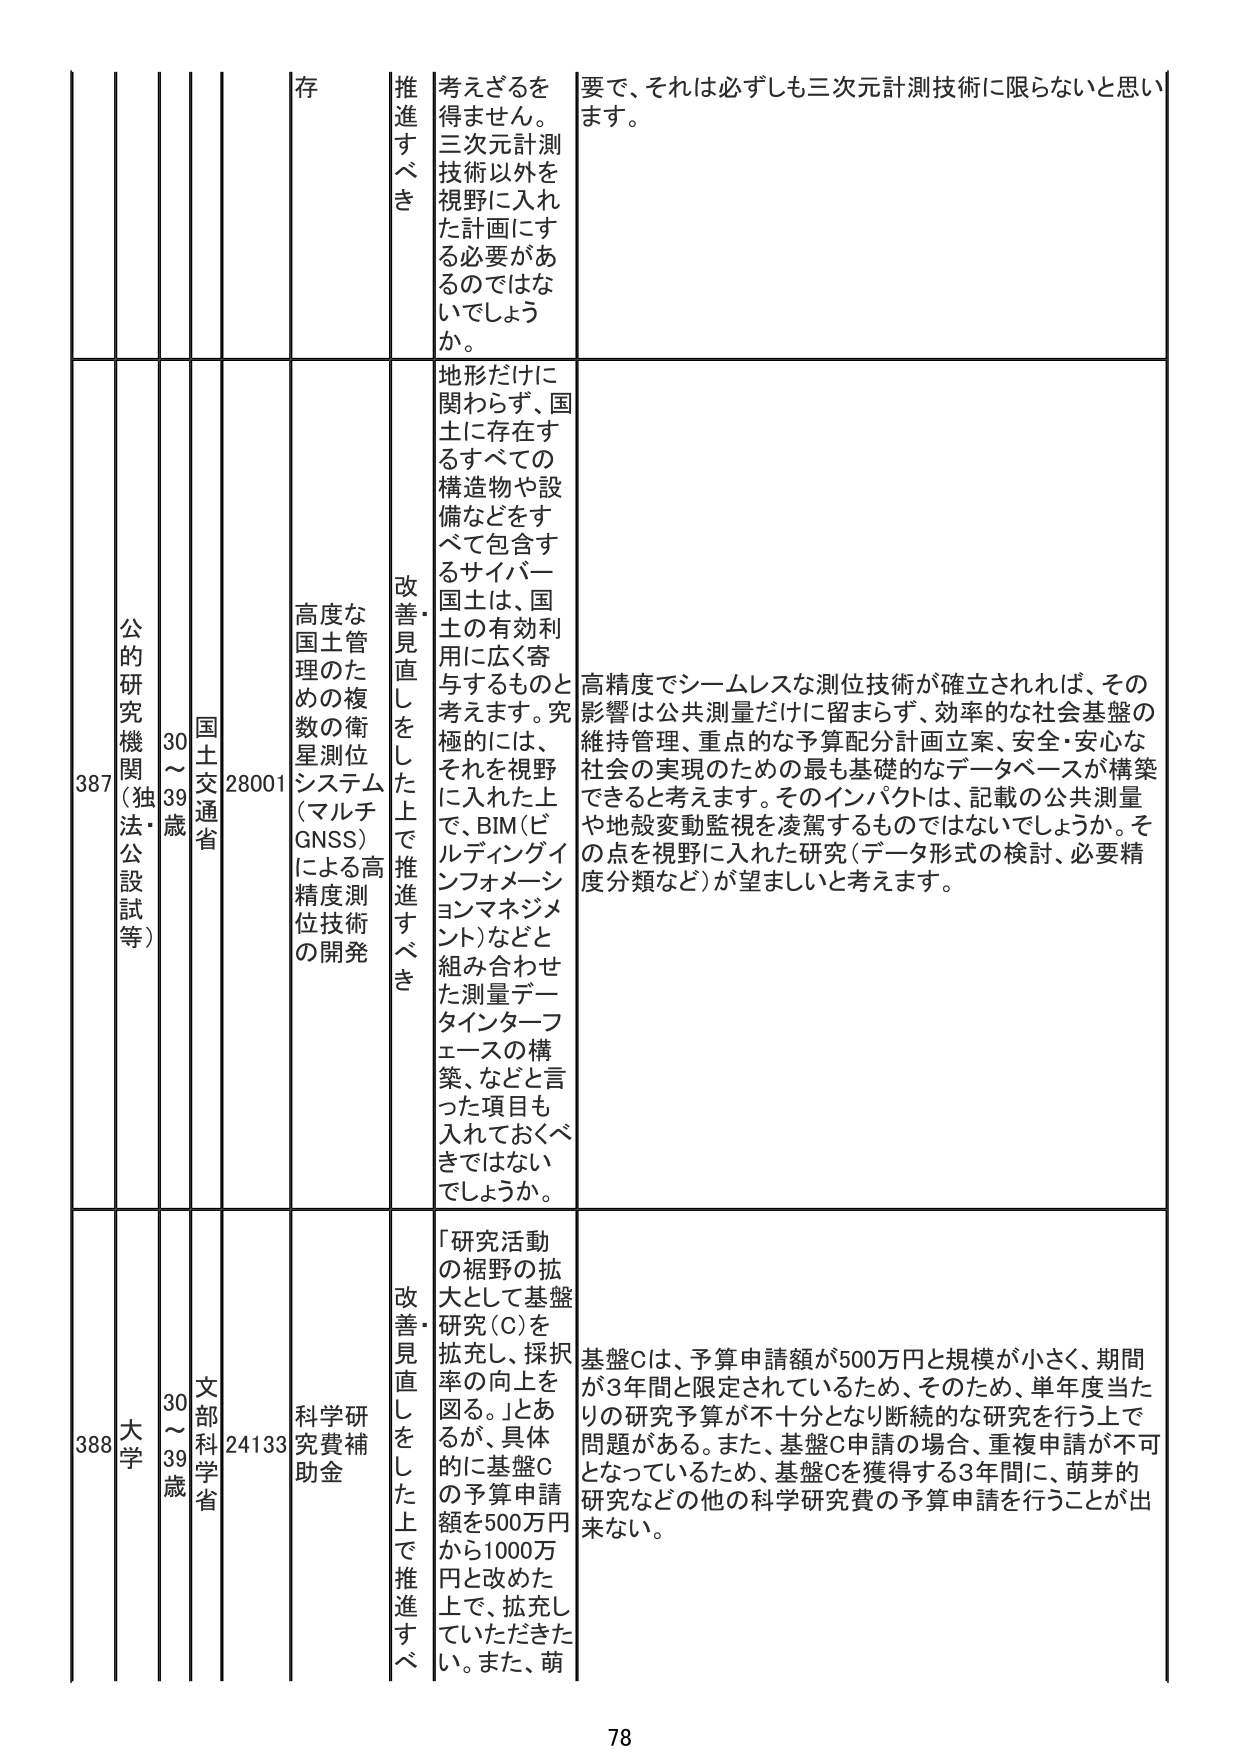
387 公的研究機関（独法・公設試等） 30～39歳 国土交通省 28001 高度な国土管理のための複数の衛星測位システム（マルチGNSS）による高精度測位技術の開発 改善・見直しをした上で推進すべき 地形だけに関わらず、国土に存在するすべての構造物や設備などをすべて包含するサイバー国土は、国土の有効利用に広く寄与するものと考えます。究極的には、それを視野に入れた上で、BIM（ビルディングインフォメーションマネジメント）などと組み合わせた測量データインターフェースの構築、などと言った項目も入れておくべきではないでしょうか。 要で、それは必ずしも三次元計測技術に限らないと思います。 高精度でシームレスな測位技術が確立されれば、その影響は公共測量だけに留まらず、効率的な社会基盤の維持管理、重点的な予算配分計画立案、安全・安心な社会の実現のための最も基礎的なデータベースが構築できると考えます。そのインパクトは、記載の公共測量や地殻変動監視を凌駕するものではないでしょうか。その点を視野に入れた研究（データ形式の検討、必要精度分類など）が望ましいと考えます。

388 大学 30～39歳 文部科学省 24133 科学研究費補助金 改善・見直しをした上で推進すべき 「研究活動の裾野の拡大として基盤研究（C）を拡充し、採択率の向上を図る。」とあるが、具体的に基盤Cの予算申請額を500万円から1000万円と改めた上で、拡充していただきたい。また、萌 基盤Cは、予算申請額が500万円と規模が小さく、期間が3年間と限定されているため、そのため、単年度当たりの研究予算が不十分となり断続的な研究を行う上で問題がある。また、基盤C申請の場合、重複申請が不可となっているため、基盤Cを獲得する3年間に、萌芽的研究などの他の科学研究費の予算申請を行うことが出来ない。

78